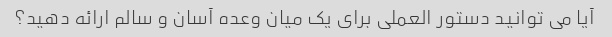
آیا می توانید دستور العملی برای یک میان وعده آسان و سالم ارائه دهید؟